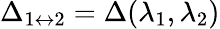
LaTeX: \Delta_{1\leftrightarrow 2}=\Delta(\lambda_{1},\lambda_{2})